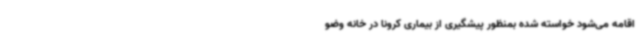
اقامه می‌شود خواسته شده بمنظور پیشگیری از بیماری کرونا در خانه وضو